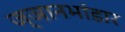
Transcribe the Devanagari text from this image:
ज्ञानभांडार